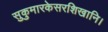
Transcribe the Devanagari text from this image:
सुकुमारकेसरशिखानि।